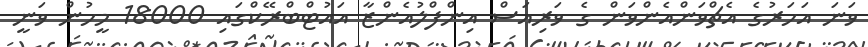
ވަނަ އަހަރުގެ އެޗްވަންއެންވަން ގެ ވަރިއަސް އިންފްލުއެންޒާ އައުޓްބްރޭކްގައި 18000 މީހުން ވަނީ